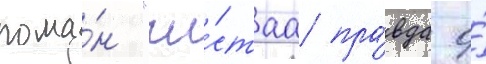
рома́н "чи́стаа пра́вда о́